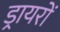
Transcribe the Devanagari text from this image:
ड्रायरों